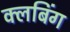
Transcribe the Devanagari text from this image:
क्लबिंग